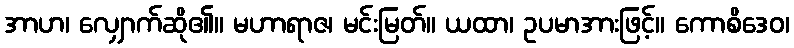
အာဟ၊ လျှောက်ဆို၏။ မဟာရာဇ၊ မင်းမြတ်။ ယထာ၊ ဥပမာအားဖြင့်။ ကောစိဒေဝ၊